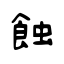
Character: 蝕